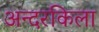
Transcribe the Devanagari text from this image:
अन्दरकिला